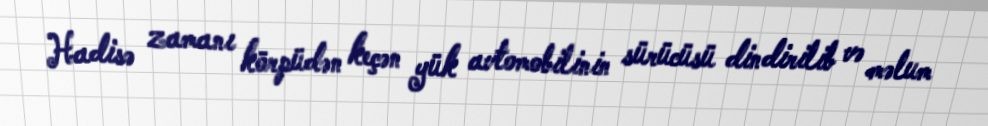
Hadisə zamanı körpüdən keçən yük avtomobilinin sürücüsü dindirilib və məlum